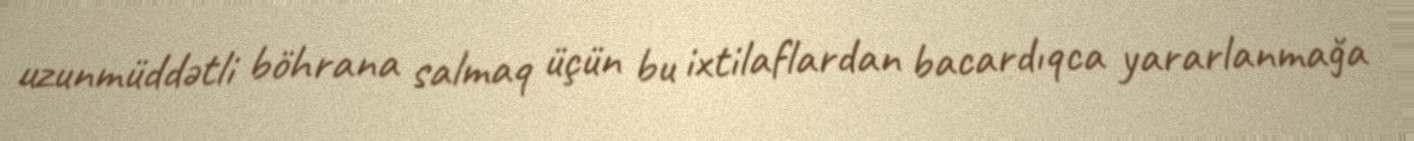
uzunmüddətli böhrana salmaq üçün bu ixtilaflardan bacardıqca yararlanmağa